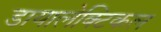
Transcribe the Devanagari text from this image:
डायालेक्टिकल